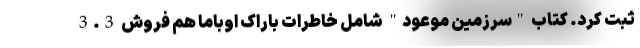
ثبت کرد. کتاب "سرزمین موعود" شامل خاطرات باراک اوباما هم فروش 3.3